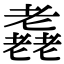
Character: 𦓈